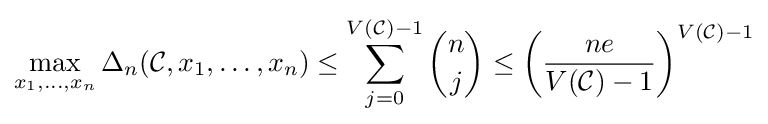
\max _{x_{1},\ldots ,x_{n}}\Delta _{n}({\mathcal {C}},x_{1},\ldots ,x_{n})\leq \sum _{j=0}^{V({\mathcal {C}})-1}{n \choose j}\leq \left({\frac {ne}{V({\mathcal {C}})-1}}\right)^{V({\mathcal {C}})-1}